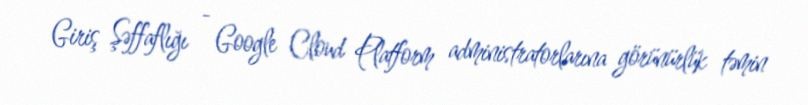
Giriş Şəffaflığı - Google Cloud Platform administratorlarına görünürlük təmin